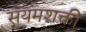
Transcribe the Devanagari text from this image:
संयमशक्ती